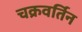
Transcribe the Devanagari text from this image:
चक्रवर्तिन